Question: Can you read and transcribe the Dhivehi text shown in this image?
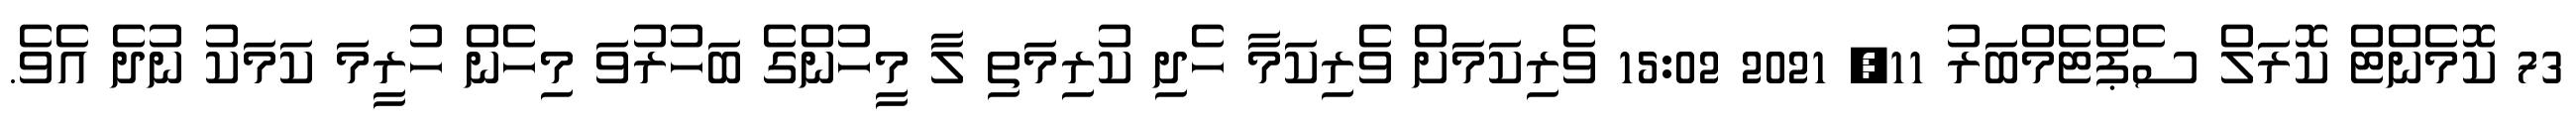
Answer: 73 ކޮމެންޓް ކޮރަލް ސެޕްޓެމްބަރު 11, 2021 15:02 ވެރިކަމަށް ވެރިކަމާ ހެދި ކުރިމަތި ލާ މީހުންގެ ބަހުރުވަ މިހެން ހުރީމަ ކަމަކު ނުދެ އެވެ.